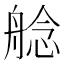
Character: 艌